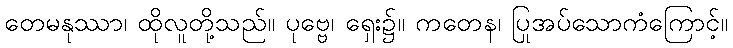
တေမနုဿာ၊ ထိုလူတို့သည်။ ပုဗ္ဗေ၊ ရှေး၌။ ကတေန၊ ပြုအပ်သောကံကြောင့်။